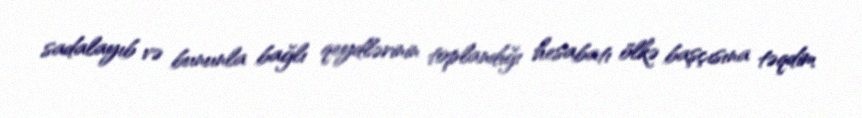
sadalayıb və bununla bağlı qeydlərinin toplandığı hesabatı ölkə başçısına təqdim